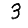
Digit: 3